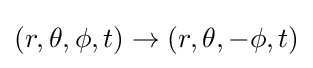
(r,\theta ,\phi ,t)\rightarrow (r,\theta ,-\phi ,t)